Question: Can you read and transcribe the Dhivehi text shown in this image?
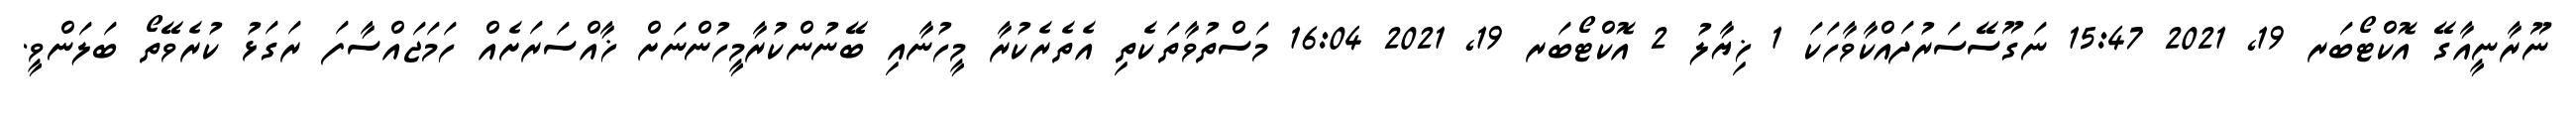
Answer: ނޫރާނީއާގޭ އޮކްޓޯބަރ 19, 2021 15:47 ނަގޫސޭސަރުދައްކާވާހަކަ 1 ޚިޔާލު 2 އޮކްޓޯބަރ 19, 2021 16:04 މަސްތުވާތަކެތި އެތެރެކުރާ މީހުނާއި ބޭނުންކުރާމީހުންނަށް ޚާއްސަރަށެއް ހަމަޖައްސާފަ ރަގަޅު ކުރެވޭތޯ ބަލަންވީ.